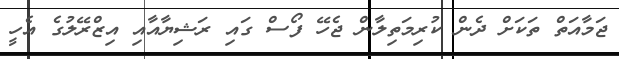
ޖަމާއަތް ތަކަށް ދެން ކުރިމަތިލާން ޖެހޭ ފޯސް ގައި ރަޝިޔާއާއި އިޒްރޭލުގެ އެހީ